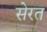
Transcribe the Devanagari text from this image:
सेरत